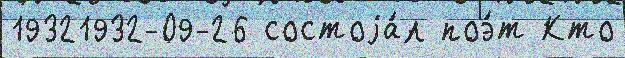
19321932-09-26 состоjа́л поэ́т Кто